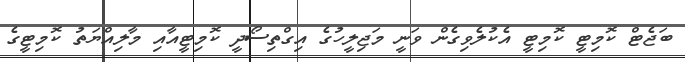
ބަޖެޓް ކޮމިޓީ ކޮމިޓީ އެކުލެވިގެން ވަނީ މަޖިލީހުގެ އިގްތިސޯދީ ކޮމިޓީއާއި މާލިއްޔަތު ކޮމިޓީގެ